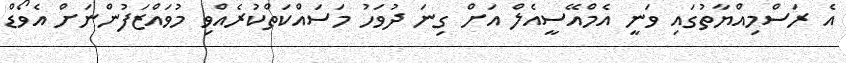
އެ ރަސްމިއްޔާތުގައި ވަނީ އެމްއޭސީއެލް އަށް ގިނަ ދުވަހު މަސައްކަތްކުރެއްވި މުވައްޒަފުންނަށް އެވޯޑް